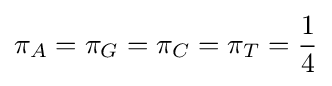
\pi _{A}=\pi _{G}=\pi _{C}=\pi _{T}={1 \over 4}